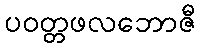
ပဝတ္တဖလဘောဇီ